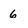
Character: 6